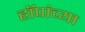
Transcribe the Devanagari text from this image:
हॉपांच्या